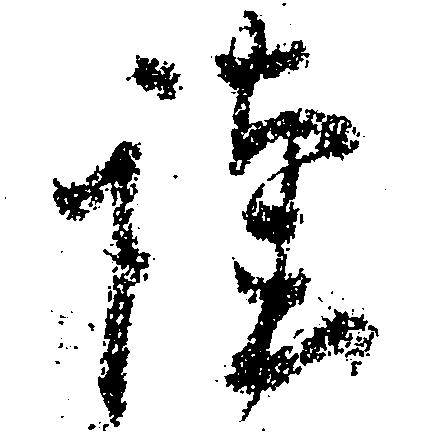
謹